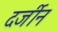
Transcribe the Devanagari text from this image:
दर्जीन